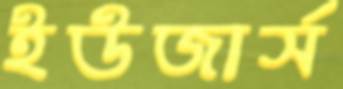
ইউজার্স